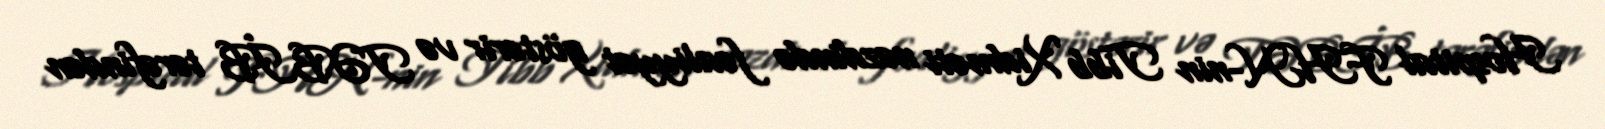
Hospital FHN-nin Tibb Xidməti nəzdində fəaliyyət göstərir və TƏBİB tərəfindən